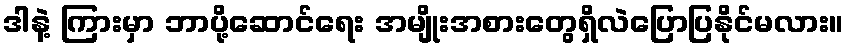
ဒါနဲ့ ကြားမှာ ဘာပို့ဆောင်ရေး အမျိုးအစားတွေရှိလဲပြောပြနိုင်မလား။